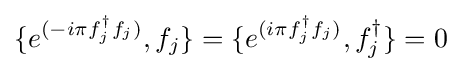
\{e^{(-i\pi f_{j}^{\dagger }f_{j})},f_{j}\}=\{e^{(i\pi f_{j}^{\dagger }f_{j})},f_{j}^{\dagger }\}=0